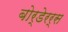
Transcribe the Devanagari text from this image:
बोर्डेरर्स